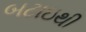
બટાઇથી